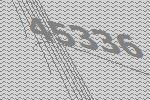
45336